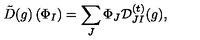
{ \tilde { D } } ( g ) \left( \Phi _ { I } \right) = \sum _ { J } \Phi _ { J } { \cal D } _ { J I } ^ { ( t ) } ( g ) ,